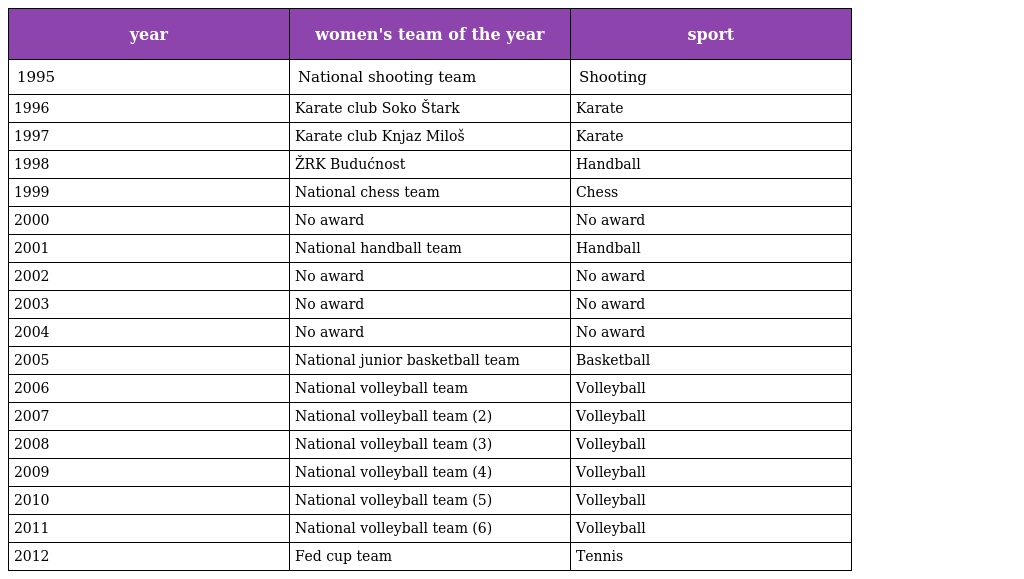
| year | women's team of the year | sport |
 | --- | --- | --- |
 | 1995 | National shooting team | Shooting |
 | 1996 | Karate club Soko Štark | Karate |
 | 1997 | Karate club Knjaz Miloš | Karate |
 | 1998 | ŽRK Budućnost | Handball |
 | 1999 | National chess team | Chess |
 | 2000 | No award | No award |
 | 2001 | National handball team | Handball |
 | 2002 | No award | No award |
 | 2003 | No award | No award |
 | 2004 | No award | No award |
 | 2005 | National junior basketball team | Basketball |
 | 2006 | National volleyball team | Volleyball |
 | 2007 | National volleyball team (2) | Volleyball |
 | 2008 | National volleyball team (3) | Volleyball |
 | 2009 | National volleyball team (4) | Volleyball |
 | 2010 | National volleyball team (5) | Volleyball |
 | 2011 | National volleyball team (6) | Volleyball |
 | 2012 | Fed cup team | Tennis |